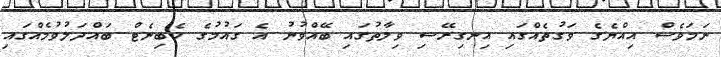
ނަމަވެސް އިއްޔެގެ ވަގުތެއްގައި އިނގިރޭސި ވިލާތުގައި ބޭއްވުނު އެ ގައުމުގެ ކެބިނެޓް ބައްދަލުވުމެއްގައި